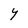
Character: Y